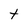
Character: t